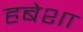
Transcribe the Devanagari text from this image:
हबेशा